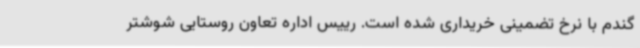
گندم با نرخ تضمینی خریداری شده است. رییس اداره تعاون روستایی شوشتر